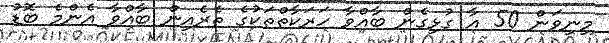
މިނިވަން 50 އާ ގުޅިގެން ބާއްވާ ހަރަކާތްތަކުގެ ތެރެއިން ބާއްވާ އެންމެ ބޮޑު